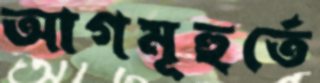
আগমূহুর্তে